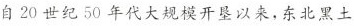
自20世纪50年代大规模开垦以来，东北黑土